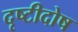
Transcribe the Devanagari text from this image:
दृष्टीदोष